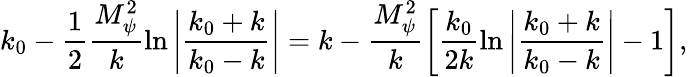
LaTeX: k_{0}-\frac{1}{2}\frac{M_{\psi}^{2}}{k}\ln\left|\frac{k_{0}+k}{k_{0}-k}\right|=k-\frac{M_{\psi}^{2}}{k}\left[\frac{k_{0}}{2k}\ln\left|\frac{k_{0}+k}{k_{0}-k}\right|-1\right],